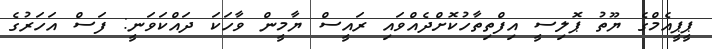
ޕީޕީއެމްގެ ޔޫތު ޕޮލިސީ އިފްތިތާހުކޮށްދެއްވައި ރައީސް ޔާމީން ވާހަކަ ދައްކަވަނީ: ފަސް އަހަރުގެ